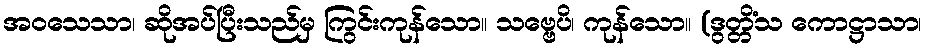
အဝသေသာ၊ ဆိုအပ်ပြီးသည်မှ ကြွင်းကုန်သော။ သဗ္ဗေပိ၊ ကုန်သော။ (ဒွတ္တိံသ ကောဋ္ဌာသာ၊